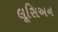
લૂસિઅન